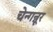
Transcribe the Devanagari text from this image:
चेन्गन्नूर